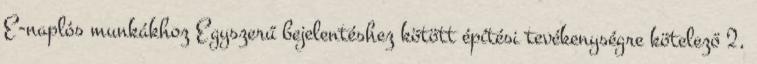
E-naplós munkákhoz Egyszerű bejelentéshez kötött építési tevékenységre kötelező 2,